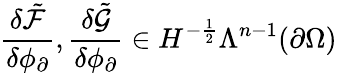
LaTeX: \frac{\delta\tilde{\mathcal{F}}}{\delta\phi_{\partial}},\frac{\delta\tilde{\mathcal{G}}}{\delta\phi_{\partial}}\in H^{-\frac{1}{2}}\Lambda^{n-1}(\partial\Omega)